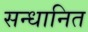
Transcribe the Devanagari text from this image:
सन्धानित